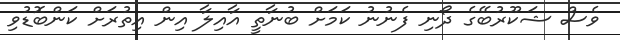
ވެސް ޝަކޫރުބޭގެ ދޯނި ފެނުނު ކަމަށް ބުނާތީ އާއިލާ އިން އިތުރަށް ކަންބޮޑުވި